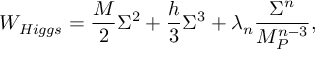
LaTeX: W _ { H i g g s } = { \frac { M } { 2 } } \Sigma ^ { 2 } + { \frac { h } { 3 } } \Sigma ^ { 3 } + \lambda _ { n } { \frac { \Sigma ^ { n } } { M _ { P } ^ { n - 3 } } } ,